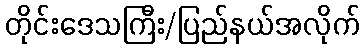
တိုင်းဒေသကြီး/ပြည်နယ်အလိုက်